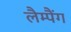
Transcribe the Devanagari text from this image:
लैम्पैंग